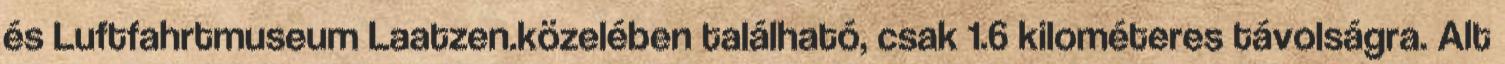
és Luftfahrtmuseum Laatzen.közelében található, csak 1.6 kilométeres távolságra. Alt